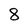
Character: 8